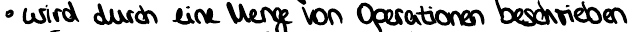
wird durch eine Menge von Operationen beschrieben